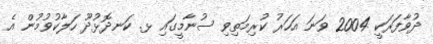
ދުވާފަރަކީ 2004 ވަނަ އަހަރު ކުރިމަތިވި ސުނާމީގައި ޅ. ކަނދޮޅުދޫ ހަލާކުވުމުން އެ